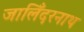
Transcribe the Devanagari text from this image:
जालिँदरनाथ